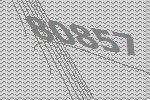
80857